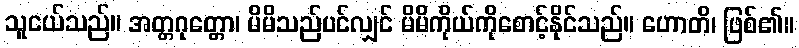
သူငယ်သည်။ အတ္တဂုတ္တော၊ မိမိသည်ပင်လျှင် မိမိကိုယ်ကိုစောင့်နိုင်သည်။ ဟောတိ၊ ဖြစ်၏။